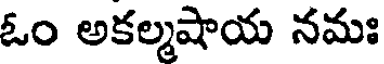
ఓం అకల్మషాయ నమః